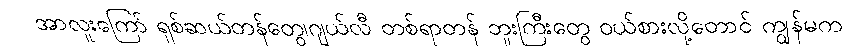
အာလူးကြော် ရှစ်ဆယ်တန်တွေ၊ဂျယ်လီ တစ်ရာတန် ဘူးကြီးတွေ ဝယ်စားလို့တောင် ကျွန်မက